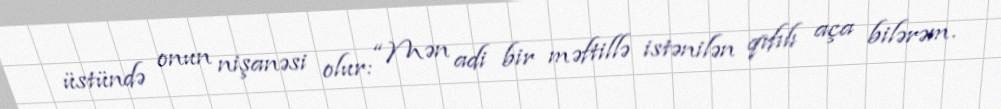
üstündə onun nişanəsi olur: “Mən adi bir məftillə istənilən qıfılı aça bilərəm.